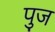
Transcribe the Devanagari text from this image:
पुज